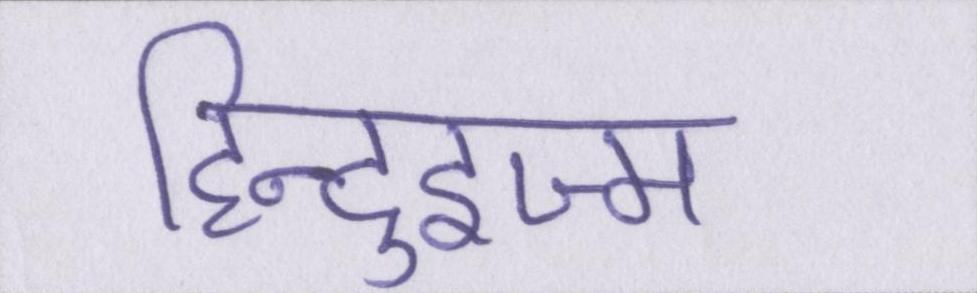
हिन्दुइज्म